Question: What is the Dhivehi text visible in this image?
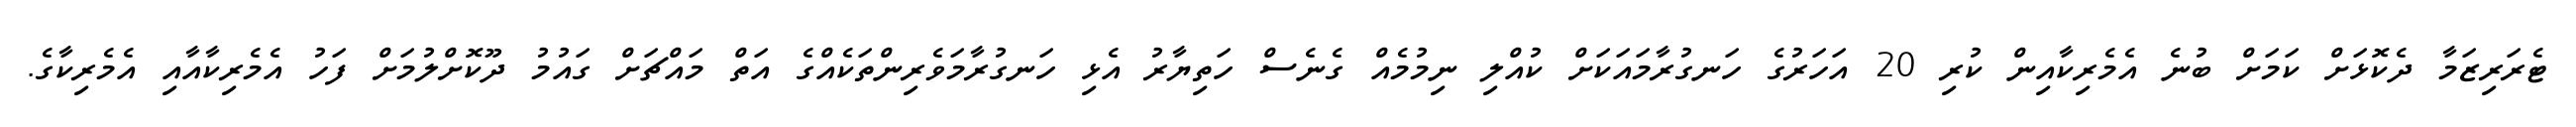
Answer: ޓެރަރިޒަމާ ދެކޮޅަށް ކަމަށް ބުނެ އެމެރިކާއިން ކުރި 20 އަހަރުގެ ހަނގުރާމައަކަށް ކުއްލި ނިމުމެއް ގެނެސް ހަތިޔާރު އެޅި ހަނގުރާމަވެރިންތަކެއްގެ އަތް މައްޗަށް ގައުމު ދޫކޮށްލުމަށް ފަހު އެމެރިކާއާއި އެމެރިކާގެ.